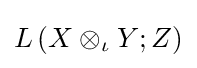
L\left(X\otimes _{\iota }Y;Z\right)